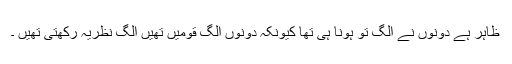
ظاہر ہے دونوں نے الگ تو ہونا ہی تھا کیونکہ دونوں الگ قومیں تھیں الگ نظریہ رکھتی تھیں ۔